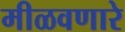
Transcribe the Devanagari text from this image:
मीळवणारे